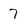
Character: 7